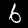
Label: 6